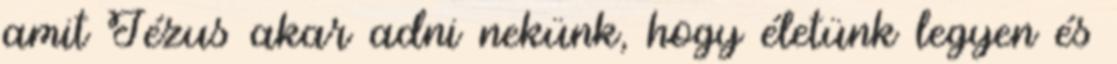
amit Jézus akar adni nekünk, hogy életünk legyen és